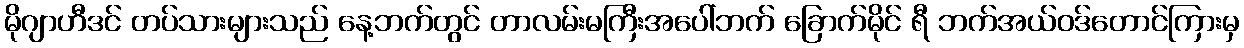
မိုဂျာဟီဒင် တပ်သားများသည် နေ့ဘက်တွင် တာလမ်းမကြီးအပေါ်ဘက် ခြောက်မိုင် ရီ ဘက်အယ်ဝဒ်တောင်ကြားမှ